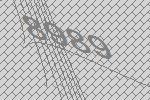
8989